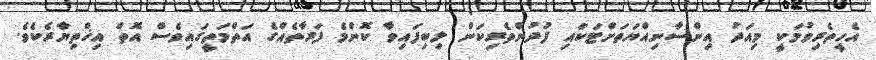
އެހީތެރިވުމަކީ މިއަދު އިންސާނިއްޔަތަށްޓަކައި ފުދުންތެރިކަން ލިބިފައިވާ ކޮންމެ ފަރާތެއްގެ އަތްމަތީގައިވެސް އޮތް އިޚްތިޔާރެކެވެ.